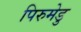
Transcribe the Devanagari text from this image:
पिरुमेडु